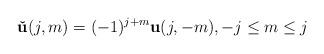
LaTeX: \begin{align*}\mathbf{\check{u}}(j,m)=(-1)^{j+m}\mathbf{u}(j,-m),-j\leq m\leq j\end{align*}